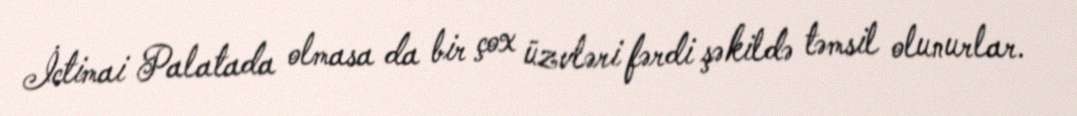
İctimai Palatada olmasa da bir çox üzvləri fərdi şəkildə təmsil olunurlar.